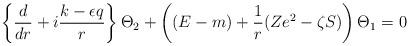
LaTeX: \begin{align*}\left\{ \frac d{dr}+i\frac{k-\epsilon q}r\right\} \Theta_2+\left((E-m)+\frac 1r(Ze^2-\zeta S)\right) \Theta _1=0\end{align*}